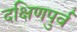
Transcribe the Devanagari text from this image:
दक्षिणपुर्व